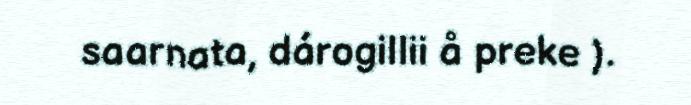
saarnata, dárogillii å preke ).